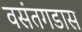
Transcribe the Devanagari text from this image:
वसंतगडास